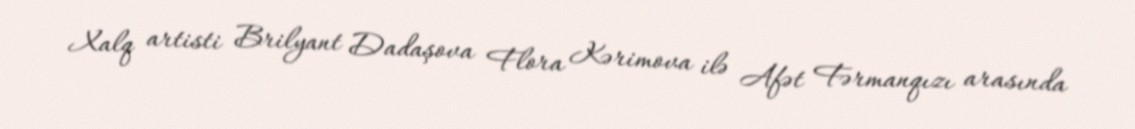
Xalq artisti Brilyant Dadaşova Flora Kərimova ilə Afət Fərmanqızı arasında